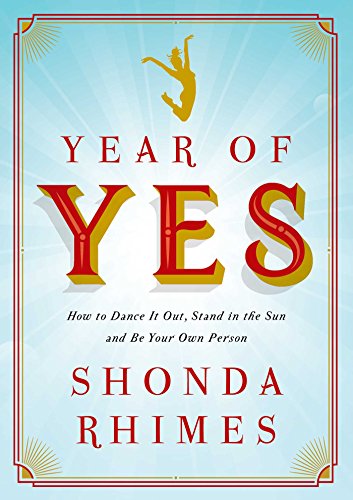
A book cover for Year of Yes: How to Dance It Out, Stand In the Sun and Be Your Own Person; Shonda Rhimes; Humor & Entertainment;